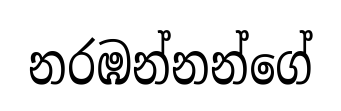
නරඹන්නන්ගේ